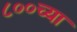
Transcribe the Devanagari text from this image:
८००च्या